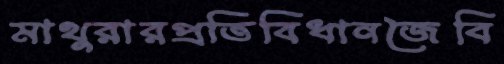
মাথুরারপ্রতিবিধানজৈবি